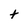
Character: t